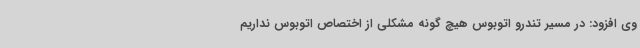
وی افزود: در مسیر تندرو اتوبوس هیچ گونه مشکلی از اختصاص اتوبوس نداریم